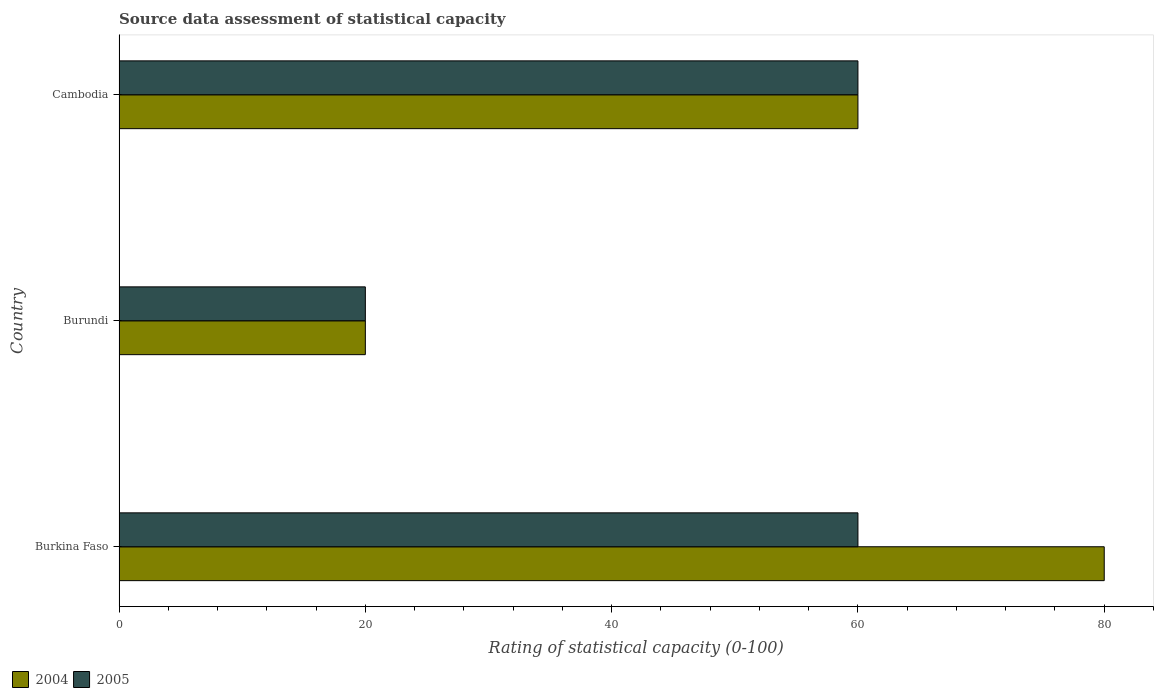
| Country | 2004 | 2005 |
 | --- | --- | --- |
 | Burkina Faso | 80 | 60 |
 | Burundi | 20 | 20 |
 | Cambodia | 60 | 60 |